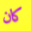
كان